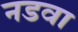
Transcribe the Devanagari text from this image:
नडवा